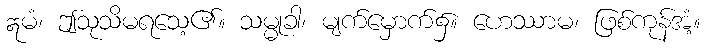
ဣမံ၊ ဤသုသိမရသေ့၏။ သမ္မုခါ၊ မျက်မှောက်၌။ ဟေဿာမ၊ ဖြစ်ကုန်အံ့။